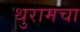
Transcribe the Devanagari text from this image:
थुरामचा